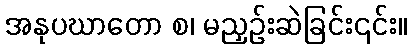
အနုပဃာတော စ၊ မညှဉ်းဆဲခြင်း၎င်း။